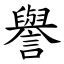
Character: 譽